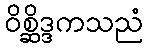
ဝိစ္ဆိဒ္ဒကသညံ